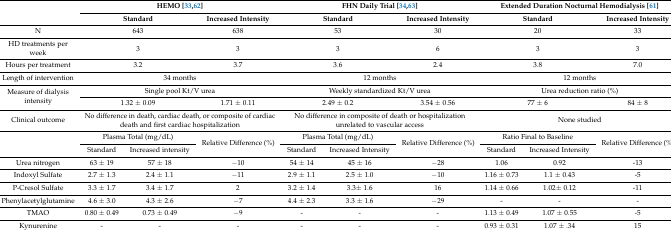
<table><thead><tr><td rowspan="2"></td><td colspan="3"><b>HEMO [33,62]</b></td><td colspan="3"><b>FHN Daily Trial [34,63]</b></td><td colspan="3"><b>Extended Duration Nocturnal Hemodialysis [61]</b></td></tr><tr><td colspan="2"><b>Standard</b></td><td><b>Increased Intensity</b></td><td colspan="2"><b>Standard</b></td><td><b>Increased Intensity</b></td><td colspan="2"><b>Standard</b></td><td><b>Increased Intensity</b></td></tr></thead><tbody><tr><td>N</td><td colspan="2">643</td><td>638</td><td colspan="2">53</td><td>30</td><td colspan="2">20</td><td>33</td></tr><tr><td>HD treatments per week</td><td colspan="2">3</td><td>3</td><td colspan="2">3</td><td>6</td><td colspan="2">3</td><td>3</td></tr><tr><td>Hours per treatment</td><td colspan="2">3.2</td><td>3.7</td><td colspan="2">3.6</td><td>2.4</td><td colspan="2">3.8</td><td>7.0</td></tr><tr><td>Length of intervention</td><td colspan="3">34 months</td><td colspan="3">12 months</td><td colspan="3">12 months</td></tr><tr><td rowspan="2">Measure of dialysis intensity</td><td colspan="3">Single pool Kt/V urea</td><td colspan="3">Weekly standardized Kt/V urea</td><td colspan="3">Urea reduction ratio (%)</td></tr><tr><td colspan="2">1.32 ± 0.09</td><td>1.71 ± 0.11</td><td colspan="2">2.49 ± 0.2</td><td>3.54 ± 0.56</td><td colspan="2">77 ± 6</td><td>84 ± 8</td></tr><tr><td>Clinical outcome</td><td colspan="3">No difference in death, cardiac death, or composite of cardiac death and first cardiac hospitalization</td><td colspan="3">No difference in composite of death or hospitalization unrelated to vascular access</td><td colspan="3">None studied</td></tr><tr><td rowspan="2"></td><td colspan="2">Plasma Total (mg/dL)</td><td rowspan="2">Relative Difference (%)</td><td colspan="2">Plasma Total (mg/dL)</td><td rowspan="2">Relative Difference (%)</td><td colspan="2">Ratio Final to Baseline</td><td rowspan="2">Relative Difference (%)</td></tr><tr><td>Standard</td><td>Increased intensity</td><td>Standard</td><td>Increased Intensity</td><td>Standard</td><td>Increased Intensity</td></tr><tr><td>Urea nitrogen</td><td>63 ± 19</td><td>57 ± 18</td><td>−10</td><td>54 ± 14</td><td>45 ± 16</td><td>−28</td><td>1.06</td><td>0.92</td><td>-13</td></tr><tr><td>Indoxyl Sulfate</td><td>2.7 ± 1.3</td><td>2.4 ± 1.1</td><td>−11</td><td>2.9 ± 1.1</td><td>2.5 ± 1.0</td><td>−10</td><td>1.16 ± 0.73</td><td>1.1 ± 0.43</td><td>-5</td></tr><tr><td>P-Cresol Sulfate</td><td>3.3 ± 1.7</td><td>3.4 ± 1.7</td><td>2</td><td>3.2 ± 1.4</td><td>3.3± 1.6</td><td>16</td><td>1.14 ± 0.66</td><td>1.02± 0.12</td><td>-11</td></tr><tr><td>Phenylacetylglutamine</td><td>4.6 ± 3.0</td><td>4.3 ± 2.6</td><td>−7</td><td>4.4 ± 2.3 </td><td>3.3 ± 1.6</td><td>−29</td><td>-</td><td>-</td><td>-</td></tr><tr><td>TMAO</td><td>0.80 ± 0.49</td><td>0.73 ± 0.49</td><td>−9</td><td>-</td><td>-</td><td>-</td><td>1.13 ± 0.49</td><td>1.07 ± 0.55</td><td>-5</td></tr><tr><td>Kynurenine</td><td>-</td><td>-</td><td>-</td><td>-</td><td>-</td><td>-</td><td>0.93 ± 0.31</td><td>1.07 ± .34</td><td>15</td></tr></tbody></table>